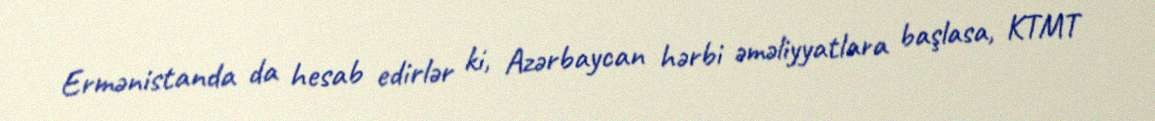
Ermənistanda da hesab edirlər ki, Azərbaycan hərbi əməliyyatlara başlasa, KTMT